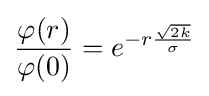
{\frac {\varphi (r)}{\varphi (0)}}=e^{-r{\frac {\sqrt {2k}}{\sigma }}}